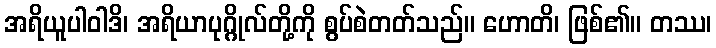
အရိယူပါဝါဒိ၊ အရိယာပုဂ္ဂိုလ်တို့ကို စွပ်စဲတတ်သည်။ ဟောတိ၊ ဖြစ်၏။ တဿ၊